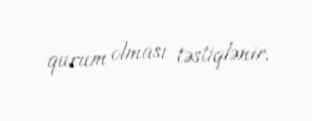
qurum olması təstiqlənir.